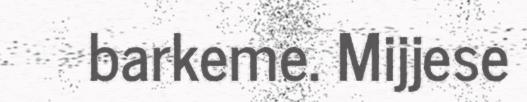
barkeme. Mijjese